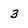
Character: 3